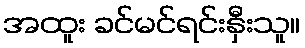
အထူး ခင်မင်ရင်းနှီးသူ။